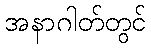
အနာဂါတ်တွင်